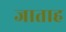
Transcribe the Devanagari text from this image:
जाताह